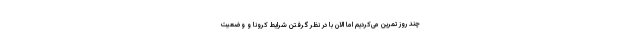
چند روز تمرین می‌کردیم اما الان با در نظر گرفتن شرایط کرونا و وضعیت